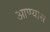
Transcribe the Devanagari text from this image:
आण्यास